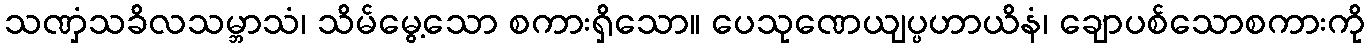
သဏှံသခိလသမ္ဘာသံ၊ သိမ်မွေ့သော စကားရှိသော။ ပေသုဏေယျပ္ပဟာယိနံ၊ ချောပစ်သောစကားကို